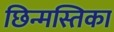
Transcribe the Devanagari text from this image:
छिन्मस्तिका